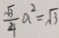
\frac { \sqrt { 3 } } { 4 } a ^ { 2 } = \sqrt { 3 }